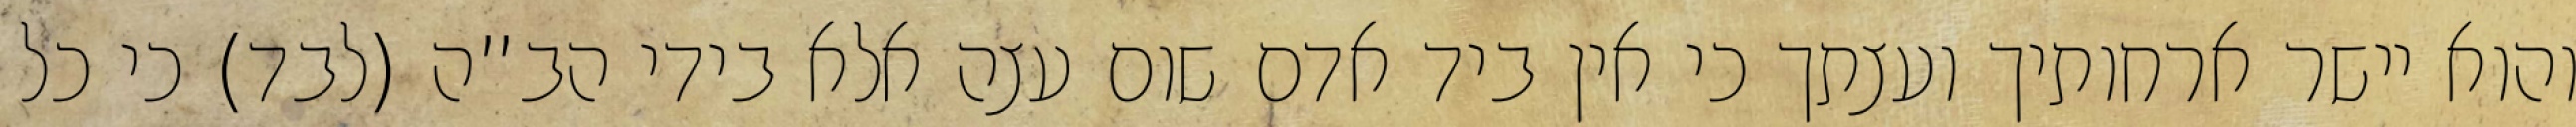
והוא יישר ארחותיך ועצתך כי אין ביד אדם שום עצה אלא בידי הב”ה (לבד) כי כל